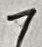
Text: 7